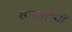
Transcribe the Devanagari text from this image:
हस्ताभ्याँ